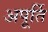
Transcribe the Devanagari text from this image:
अपूर्ति